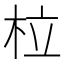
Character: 柆